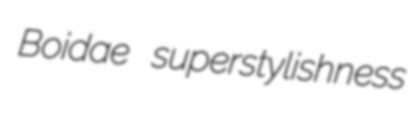
Boidae superstylishness